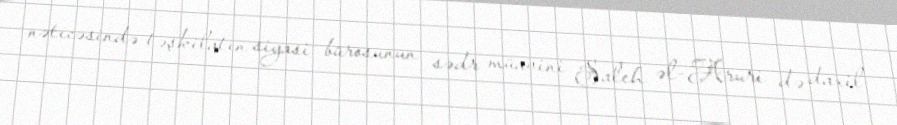
nəticəsində təşkilatın siyasi bürosunun sədr müavini Saleh əl-Aruri də daxil